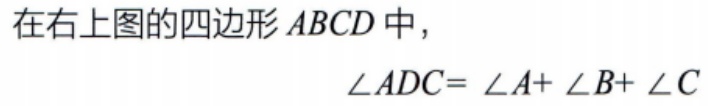
在右上图的四边形 \(ABCD\) 中，
\(\angle ADC = \angle A + \angle B + \angle C\)